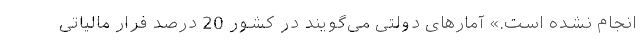
انجام نشده است.» آمارهای دولتی می‌گویند در کشور 20 درصد فرار مالیاتی